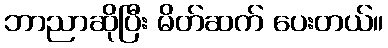
ဘာညာဆိုပြီး မိတ်ဆက် ပေးတယ်။